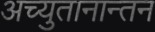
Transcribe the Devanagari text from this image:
अच्युतानान्तन